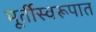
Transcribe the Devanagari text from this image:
मूर्तीस्वरूपात